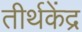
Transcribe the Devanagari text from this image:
तीर्थकेंद्र